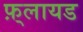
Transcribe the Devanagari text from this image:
फ़्लायड